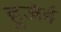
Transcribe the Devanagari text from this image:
हुजेई